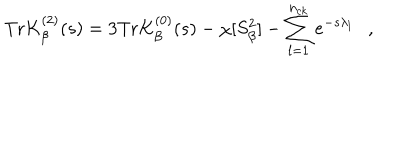
LaTeX: \mathrm { T r } K _ { \beta } ^ { ( 2 ) } ( s ) = 3 \mathrm { T r } K _ { \beta } ^ { ( 0 ) } ( s ) - \chi [ S _ { \beta } ^ { 2 } ] - \sum _ { l = 1 } ^ { n _ { c k } } e ^ { - s \lambda _ { l } } ,